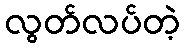
လွတ်လပ်တဲ့